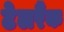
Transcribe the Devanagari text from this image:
टेलरैंक